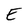
Character: E